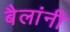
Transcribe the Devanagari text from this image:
बैलांनी